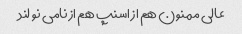
عالی ممنون هم از اسنپ هم از نامی نو لند